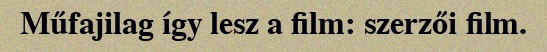
Műfajilag így lesz a film: szerzői film.